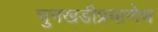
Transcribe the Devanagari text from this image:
चुनखडीप्रमाणेच